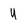
Character: Y